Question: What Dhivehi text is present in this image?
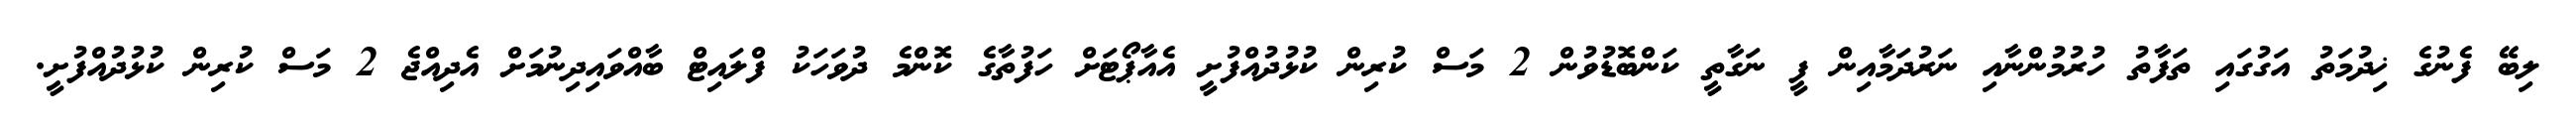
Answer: ލިބޭ ފެނުގެ ޚިދުމަތު އަގުގައި ތަފާތު ހުރުމުންނާއި ނަރުދަމާއިން ފީ ނަގާތީ ކަންބޮޑުވުން 2 މަސް ކުރިން ކުޅުދުއްފުށީ އެއާޕޯޓަށް ހަފުތާގެ ކޮންމެ ދުވަހަކު ފްލައިޓް ބާއްވައިދިނުމަށް އެދިއްޖެ 2 މަސް ކުރިން ކުޅުދުއްފުށީ.